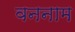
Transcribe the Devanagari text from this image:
वननाम